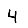
Digit: 4